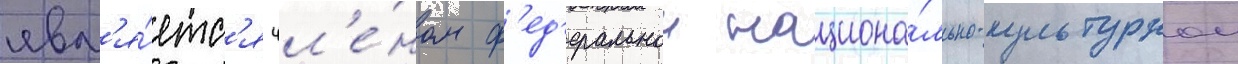
явл'я́етс'я чл'е́ном ф'ед'еральнои национа́льно-культурнои